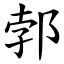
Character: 郣